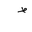
Letter: _da